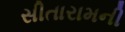
સીતારામની